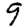
Digit: 9